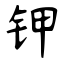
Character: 钾